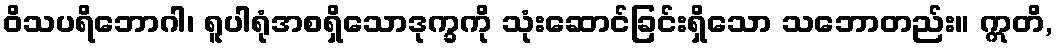
ဝိသပရိဘောဂါ၊ ရူပါရုံအစရှိသောဒုက္ခကို သုံးဆောင်ခြင်းရှိသော သဘောတည်း။ ဣတိ,